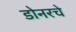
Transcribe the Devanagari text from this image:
डोनरचे